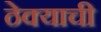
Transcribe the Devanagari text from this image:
ठेक्याची